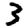
Digit: 3